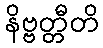
နိဗ္ဗတ္တီတိ